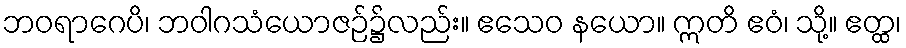
ဘဝရာဂေပိ၊ ဘဝါဂသံယောဇဉ်၌လည်း။ ဧသေဝ နယော။ ဣတိ ဧဝံ၊ သို့။ ဧတ္ထ၊